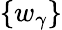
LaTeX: \{ w_{\gamma}\}